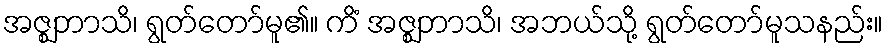
အဇ္ဈဘာသိ၊ ရွတ်တော်မူ၏။ ကိံ အဇ္ဈဘာသိ၊ အဘယ်သို့ ရွတ်တော်မူသနည်း။